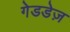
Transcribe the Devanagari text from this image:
गेडडेज़